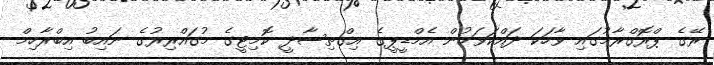
ރޭގެ ޕްރޮގްރާމުގައި ވާހަކަ ދައްކަވަމުން އެމްޑީޕީގެ އިގްތިސާދީ ކޮމިޓީގެ މުގައްރިރުގެ ނައިބު އިބްރާހިމް